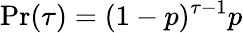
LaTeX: {\displaystyle\operatorname*{Pr}(\tau)=(1-p)^{\tau-1}p}